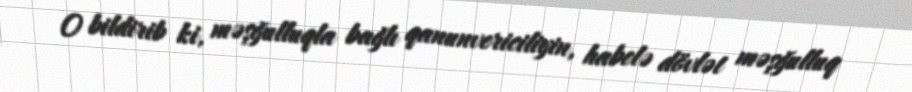
O bildirib ki, məşğulluqla bağlı qanunvericiliyin, habelə dövlət məşğulluq